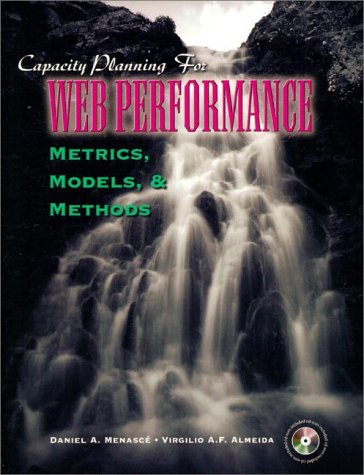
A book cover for Capacity Planning for Web Performance: Metrics, Models, and Methods; Virgillio Almeida; Computers & Technology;